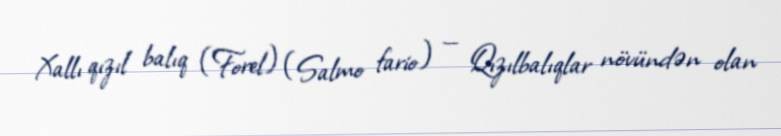
Xallı qızıl balıq (Forel) (Salmo fario) — Qızılbalıqlar növündən olan